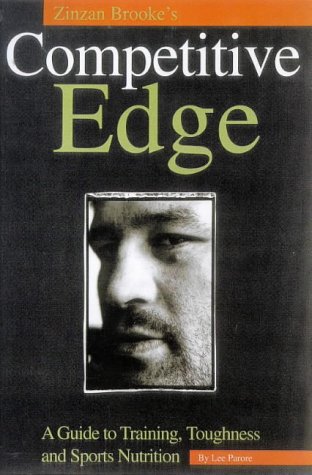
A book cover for Zinzan Brooke's Competitive Edge: A Guide to Training, Toughness and Sports Nutrition; Lee Parore; Sports & Outdoors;